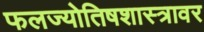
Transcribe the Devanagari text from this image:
फलज्योतिषशास्त्रावर